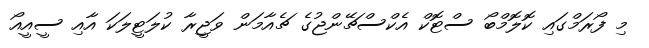
މި ފޯރަމްގައި ކޮލޮމްބޯ ސްޓޮކް އެކްސްޗޭންޖުގެ ޗެއާމަން ވަޖީރާ ކުލަޓީލަކަ އާއި ސީއީއޯ